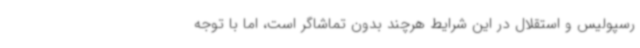
رسپولیس و استقلال در این شرایط هرچند بدون تماشاگر است، اما با توجه